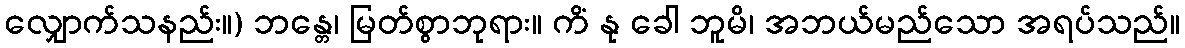
လျှောက်သနည်း။) ဘန္တေ၊ မြတ်စွာဘုရား။ ကိံ နု ခေါ ဘူမိ၊ အဘယ်မည်သော အရပ်သည်။